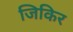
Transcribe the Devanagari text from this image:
जिकिर